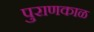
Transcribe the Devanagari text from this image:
पुराणकाळ